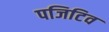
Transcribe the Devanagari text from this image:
पजिटिव